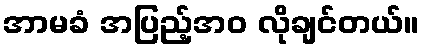
အာမခံ အပြည့်အဝ လိုချင်တယ်။